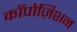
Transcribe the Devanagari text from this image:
काँपोज़िशन